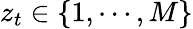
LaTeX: z_{t}\in\{ 1,\cdots,M\}